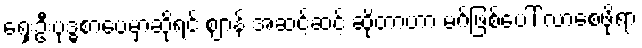
ရှေးဦးဗုဒ္ဓစာပေမှာဆိုရင် ဈာန် အဆင့်ဆင့် ဆိုတာဟာ မဂ်ဖြစ်ပေါ် လာစေဖို့ရာ